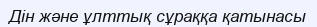
Дін және ұлттық сұраққа қатынасы